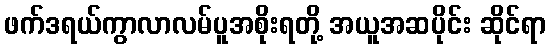
ဖက်ဒရယ်ကွာလာလမ်ပူအစိုးရတို့ အယူအဆပိုင်း ဆိုင်ရာ